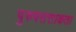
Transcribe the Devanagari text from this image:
पुरुषसत्ताकता